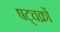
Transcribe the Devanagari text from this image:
षट्चक्रों